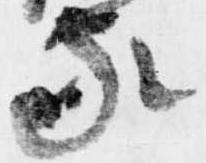
家